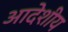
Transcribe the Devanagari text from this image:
आदेशीय